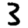
Digit: 3